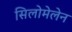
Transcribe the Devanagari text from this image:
सिलोमेलेन